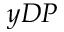
y { D P }